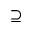
\supseteq